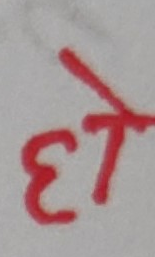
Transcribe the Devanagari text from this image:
हे